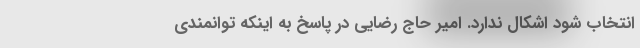
انتخاب شود اشکال ندارد. امیر حاج رضایی در پاسخ به اینکه توانمندی